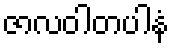
ဇာလဝါတပါနံ